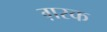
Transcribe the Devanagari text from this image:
ग़रक